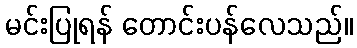
မင်းပြုရန် တောင်းပန်လေသည်။